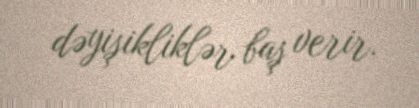
dəyişikliklər baş verir.